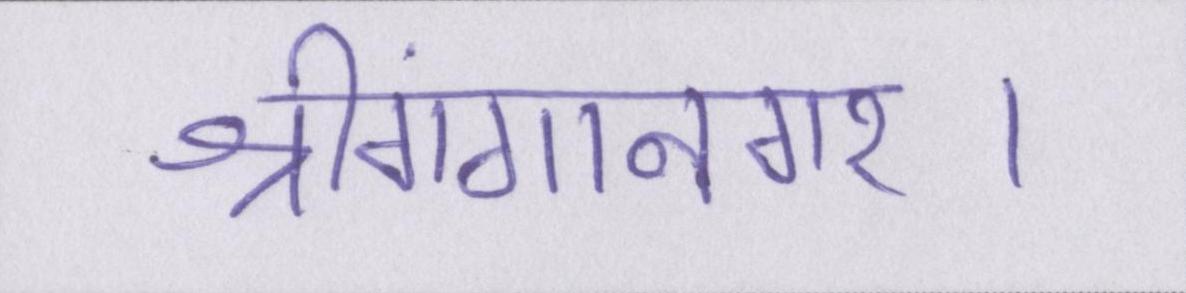
श्रीगंगानगर।